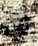
أي